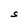
Character: S